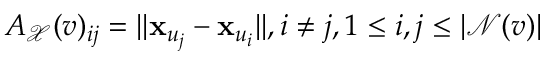
A _ { \mathcal { X } } ( v ) _ { i j } = | | \mathbf { x } _ { u _ { j } } - \mathbf { x } _ { u _ { i } } | | , i \neq j , 1 \leq i , j \leq | \mathcal { N } ( v ) |